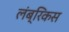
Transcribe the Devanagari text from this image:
लंब्रिकस